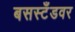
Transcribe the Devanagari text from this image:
बसस्टँडवर